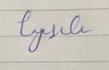
Signature authenticity: forged